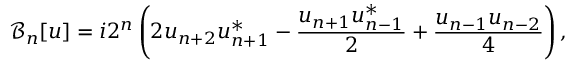
\mathcal { B } _ { n } [ u ] = i 2 ^ { n } \left( 2 u _ { n + 2 } u _ { n + 1 } ^ { * } - \frac { u _ { n + 1 } u _ { n - 1 } ^ { * } } { 2 } + \frac { u _ { n - 1 } u _ { n - 2 } } { 4 } \right) ,